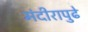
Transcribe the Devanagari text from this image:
मंदीरापुढे